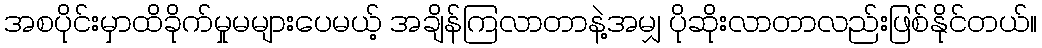
အစပိုင်းမှာထိခိုက်မှုမများပေမယ့် အချိန်ကြလာတာနဲ့အမျှ ပိုဆိုးလာတာလည်းဖြစ်နိုင်တယ်။